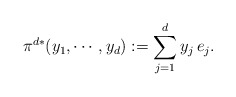
\begin{align*} \pi^{d*}(y_1,\cdots,y_d):=\sum_{j=1}^d y_j\,e_j.\end{align*}